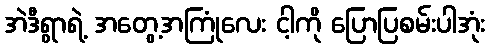
အဲဒီရွာရဲ့ အတွေ့အကြုံလေး ငါ့ကို ပြောပြစမ်းပါအုံး